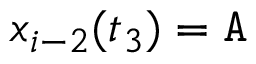
x _ { i - 2 } ( t _ { 3 } ) = \mathtt { A }